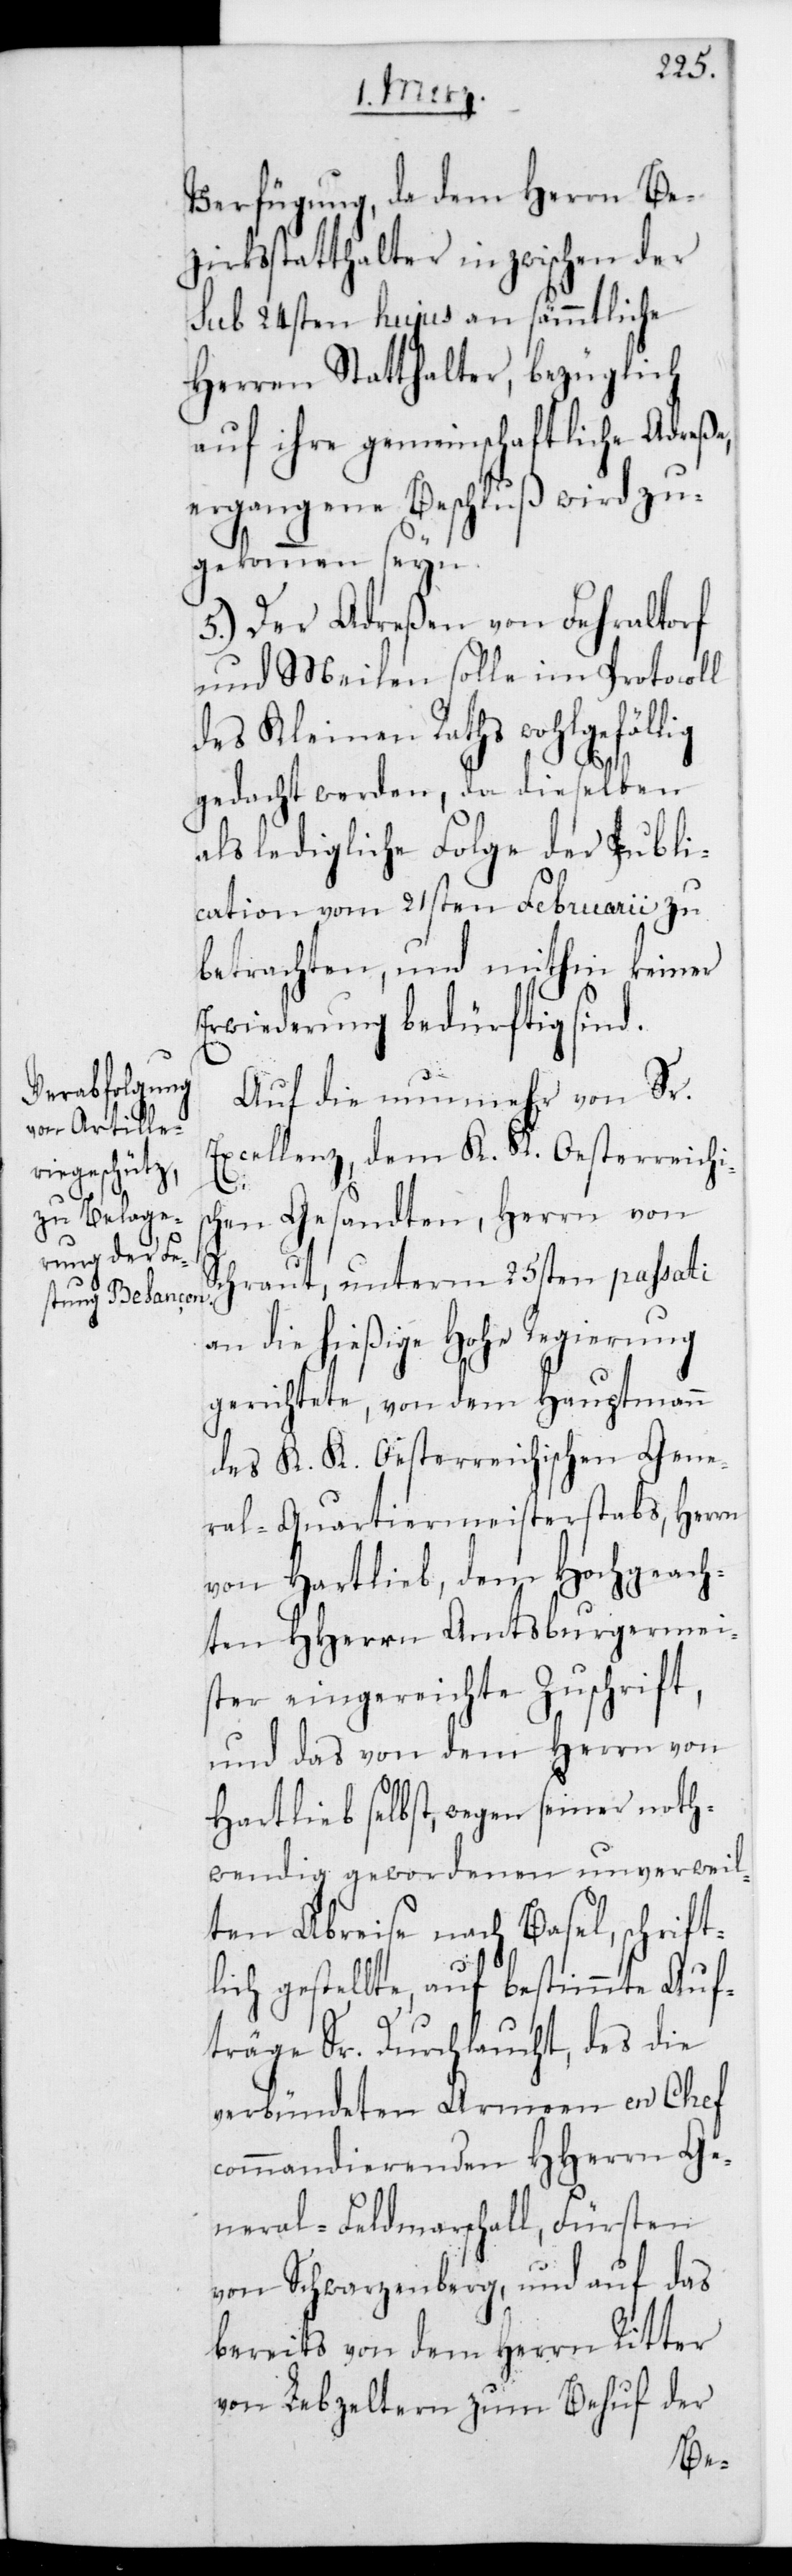
Verfügung, da dem Herrn Be¬
zirksstatthalter inzwischen der
sub 24sten hujus an sämmtliche
Herren Statthalter, bezüglich
auf ihre gemeinschaftliche Adreße,
ergangene Beschluß wird zu¬
gekommen sein.
5.) Der Adreßen von Fehraltorf
und Meilen solle im Protocoll
des Kleinen Raths wohlgefällig
gedacht werden, da dieselben
als ledigliche Folge der Publi¬
cation vom 21sten Februarii zu
betrachten, und mithin keiner
Erwiderung bedürftig sind.
Auf die nunmehr von Sr.
Excellenz dem K. K. Oesterreichis¬
chen Gesandten, Herrn von
Schraut, unterm 25sten passati
an die hießige Hohe Regierung
gerichtete, von dem Hauptmann
des K. K. Oesterreichischen Gene¬
ral-Quartiermeisterstabs, Herrn
von Hartlieb, dem Hochgeach¬
ten HHerrn Amtsburgermei¬
ster eingereichte Zuschrift,
und das von dem Herrn von
Hartlieb selbst, wegen seiner noth¬
wendig gewordenen unverweil¬
ten Abreise nach Basel, schrift¬
lich gestellte, auf bestimmte Auf¬
träge Sr. Durchlaucht, des die
verbündeten Armeen en Chef
commandierenden HHerrn Ge¬
nral-Feldmarschall, Fürsten
von Schwarzenberg, und auf das
bereits von dem Herrn Ritter
von Lebzeltern zum Behuf der